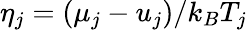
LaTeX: \eta_{j}=({\mu_{j}}-u_{j})/k_{B}T_{j}